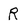
Character: R